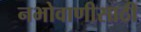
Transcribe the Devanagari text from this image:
नभोवाणीसाठी